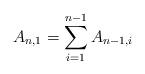
LaTeX: \begin{align*}A_{n,1} = \sum_{i=1}^{n-1} A_{n-1,i}\end{align*}